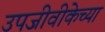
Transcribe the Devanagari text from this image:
उपजीवीकेच्या